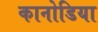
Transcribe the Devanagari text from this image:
कानोडिया